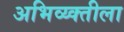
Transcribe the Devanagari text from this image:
अभिव्य्क्तीला